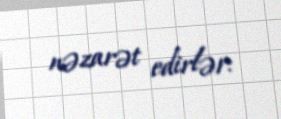
nəzarət edirlər.